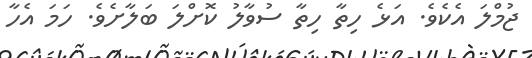
ޖުމްލަ އެކެވެ. އަޅެ ހިތާ ހިތާ ސުވާލު ކޮށްލަ ބަލާށެވެ. ހަމަ އެހާ